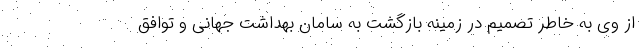
از وی به خاطر تصمیم در زمینه بازگشت به سامان بهداشت جهانی و توافق